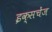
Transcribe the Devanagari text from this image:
इक्सचेंज